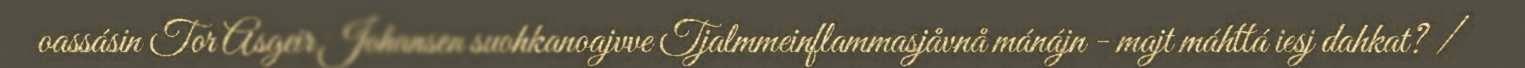
oassásin Tor Asgeir Johansen suohkanoajvve Tjalmmeinflammasjåvnå mánájn - majt máhttá iesj dahkat? /